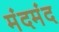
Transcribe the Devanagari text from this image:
मंदमंद